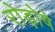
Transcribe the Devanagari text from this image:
रोड़ोषे